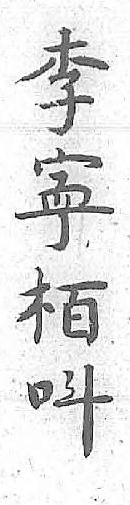
李呌寕 栢